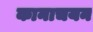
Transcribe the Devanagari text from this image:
कानाचयन